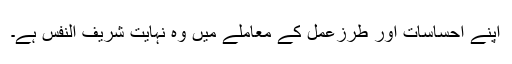
اپنے احساسات اور طرزعمل کے معاملے میں وہ نہایت شریف النفس ہے۔